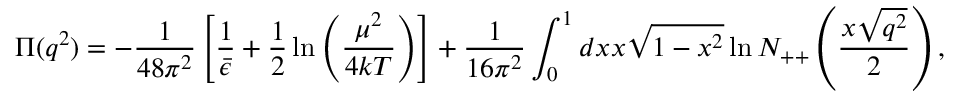
\Pi ( q ^ { 2 } ) = - { \frac { 1 } { 4 8 \pi ^ { 2 } } } \left[ { \frac { 1 } { \bar { \epsilon } } } + { \frac { 1 } { 2 } } \ln \left( { \frac { \mu ^ { 2 } } { 4 k T } } \right) \right] + { \frac { 1 } { 1 6 \pi ^ { 2 } } } \int _ { 0 } ^ { 1 } d x x \sqrt { 1 - x ^ { 2 } } \ln N _ { + + } \left( { \frac { x \sqrt { q ^ { 2 } } } { 2 } } \right) ,